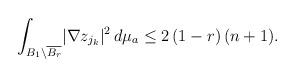
LaTeX: \begin{align*} \int_{B_1\setminus \overline{B_r}}&|\nabla z_{j_k}|^2\,d\mu_a \leq 2\,(1-r)\,(n+1).\end{align*}